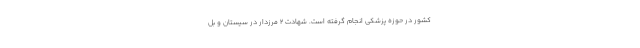
کشور در حوزه پزشکی انجام گرفته است. شهادت 2 مرزدار در سیستان و بل